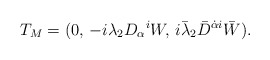
\begin{align*}T_M = (0,\, -i\lambda _2 D_{\alpha }{}^i W,\,i \bar\lambda _2 \bar D^{\dot\alpha i} \bar W ).\end{align*}